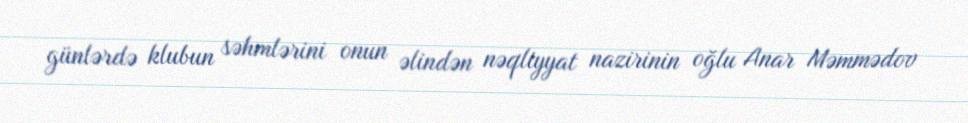
günlərdə klubun səhmlərini onun əlindən nəqliyyat nazirinin oğlu Anar Məmmədov